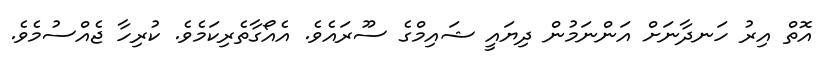
އޮތް އިރު ހަނދާނަށް އަންނަމުން ދިޔައީ ޝައިމްގެ ސޫރައެވެ. އެއޯގާތެރިކަމެވެ. ކުރިހާ ޖެއްސުމެވެ.